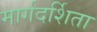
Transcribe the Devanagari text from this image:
मार्गदर्शिता